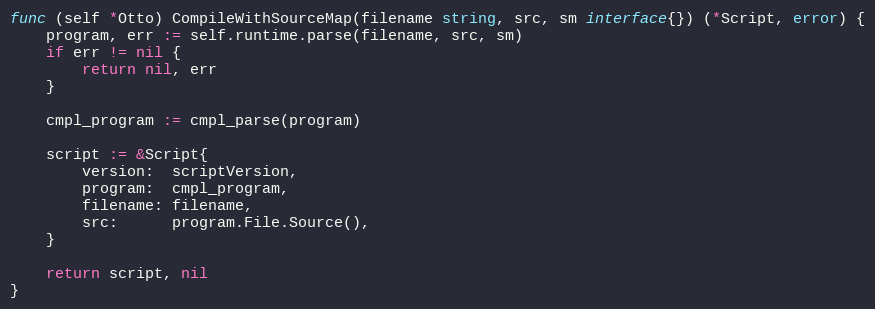
Language: Go
func (self *Otto) CompileWithSourceMap(filename string, src, sm interface{}) (*Script, error) {
	program, err := self.runtime.parse(filename, src, sm)
	if err != nil {
		return nil, err
	}

	cmpl_program := cmpl_parse(program)

	script := &Script{
		version:  scriptVersion,
		program:  cmpl_program,
		filename: filename,
		src:      program.File.Source(),
	}

	return script, nil
}